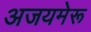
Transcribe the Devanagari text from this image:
अजयमेरू